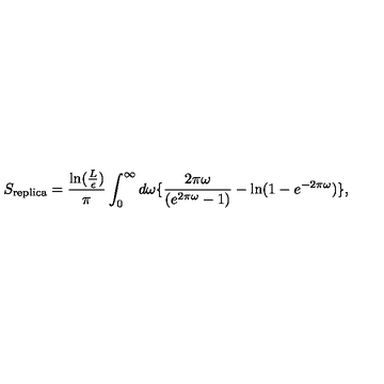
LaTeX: S _ { \mathrm { r e p l i c a } } = { \frac { \mathrm { l n } ( { \frac { L } { \epsilon } } ) } { \pi } } \int _ { 0 } ^ { \infty } d \omega \{ { \frac { 2 \pi \omega } { ( e ^ { 2 \pi \omega } - 1 ) } } - \mathrm { l n } ( 1 - e ^ { - 2 \pi \omega } ) \} ,